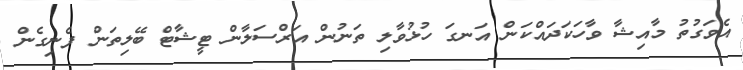
އެވަގުތު މާއިޝާ ވާހަކަދައްކަން އަނގަ ހުޅުވާލި ތަނުން އަރްސަލާން ޓީޝާޓް ބޭލިތަން ފެނިގެން